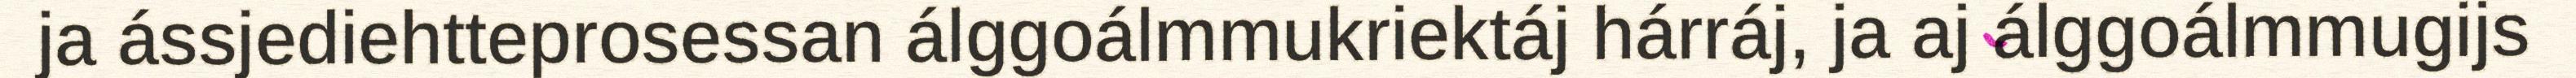
ja ássjediehtteprosessan álggoálmmukriektáj hárráj, ja aj álggoálmmugijs